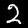
Label: 2